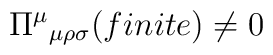
\Pi^{\mu}{}_{\mu\rho\sigma}(finite)\neq0